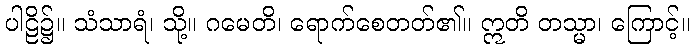
ပါဠိ၌။ သံသာရံ၊ သို့။ ဂမေတိ၊ ရောက်စေတတ်၏။ ဣတိ တသ္မာ၊ ကြောင့်။